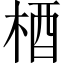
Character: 梄